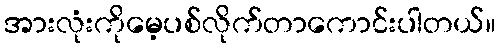
အားလုံးကိုမေ့ပစ်လိုက်တာကောင်းပါတယ်။